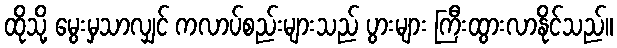
ထိုသို့ မွေးမှသာလျှင် ကလာပ်စည်းများသည် ပွားများ ကြီးထွားလာနိုင်သည်။